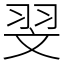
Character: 𦐐